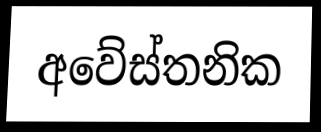
අවේස්තනික